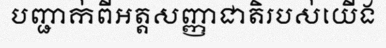
បញ្ជាក់ពីអត្តសញ្ញាជាតិរបស់យើង